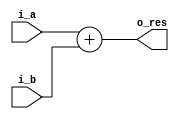
`timescale 1ns / 1ps
//////////////////////////////////////////////////////////////////////////////////
// Company: 
// Engineer: 
// 
// Design Name: 
// Module Name:    Adder_Pri 
// Project Name: 
// Target Devices: 
// Tool versions: 
// Description: 
//
// Dependencies: 
//
// Revision: 
// Revision 0.01 - File Created
// Additional Comments: 
//
//////////////////////////////////////////////////////////////////////////////////
module Adder_Pri(
    input [63:0] i_a,
    input signed [63:0] i_b,
    output [63:0] o_res
    );

    assign o_res = i_a + i_b;


endmodule